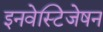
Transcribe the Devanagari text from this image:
इनवेस्टिजेषन